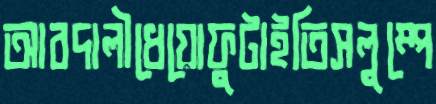
আবদালীধেয়োফুটাইতিসলুম্পে